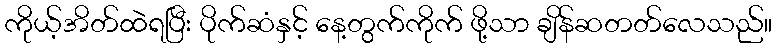
ကိုယ့်အိတ်ထဲရပြီး ပိုက်ဆံနှင့် နေ့တွက်ကိုက် ဖို့သာ ချိန်ဆတတ်လေသည်။